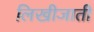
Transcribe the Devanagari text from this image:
लिखीजाती